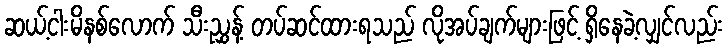
ဆယ့်ငါးမိနစ်လောက် သီးညွှန့် တပ်ဆင်ထားရသည် လိုအပ်ချက်များဖြင့် ရှိနေခဲ့လျှင်လည်း